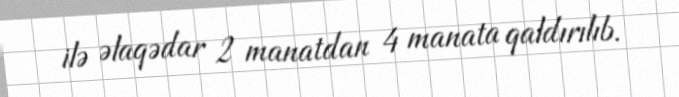
ilə əlaqədar 2 manatdan 4 manata qaldırılıb.